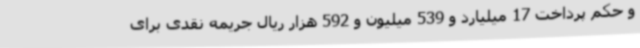
و حکم پرداخت 17 میلیارد و 539 میلیون و 592 هزار ریال جریمه نقدی برای